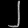
Digit: ၂